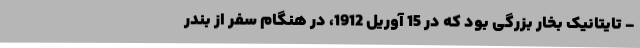
- تایتانیک بخار بزرگی بود که در 15 آوریل 1912، در هنگام سفر از بندر